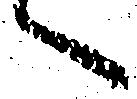
へ